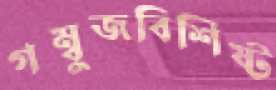
গম্বুজবিশিষ্ট